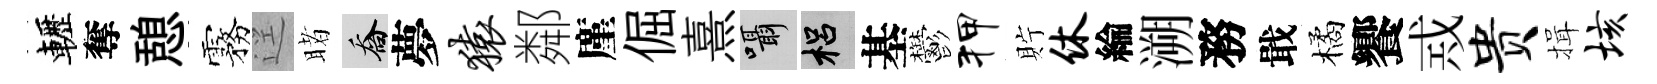
轣奪憩霧逕睹喬夢猿鄰廑倔熹囁梠基鬱狎貯休綸溯務戢橘饗𢦶贵揖垓